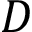
D